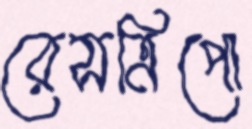
রেসত্রিপো